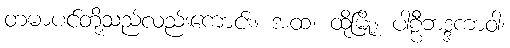
တမာပင်တို့သည်လည်းကောင်း။ အထ၊ ထိုမြို့။ ပါဠီဘဒ္ဒကာဝါ၊